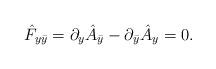
LaTeX: \begin{align*}\hat F_{y\bar y}=\partial_y \hat A_{\bar y}-\partial_{\bar y}\hat A_y=0.\end{align*}